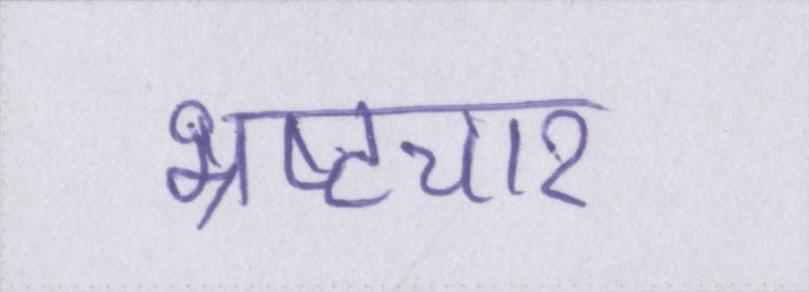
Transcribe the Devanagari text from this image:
भ्रष्टचार